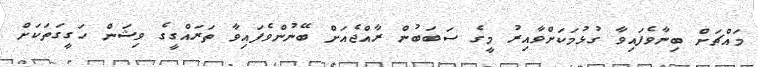
މައްޗަށް ބިނާވެފައިވާ ގުޅުމަކަށްވާއިރު މީގެ ސަަބަަބުން ރާއްޖެއަށް ބޭނުންވެފައިވާ ތަރަައްގީގެ ވިޝަން ހަގީގަތަކަށް